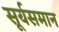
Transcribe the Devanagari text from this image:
सूर्यसमान